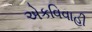
એકવિવાહી